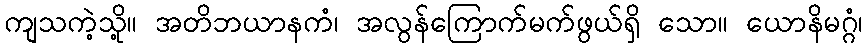
ကျသကဲ့သို့။ အတိဘယာနကံ၊ အလွန်ကြောက်မက်ဖွယ်ရှိ သော။ ယောနိမဂ္ဂံ၊